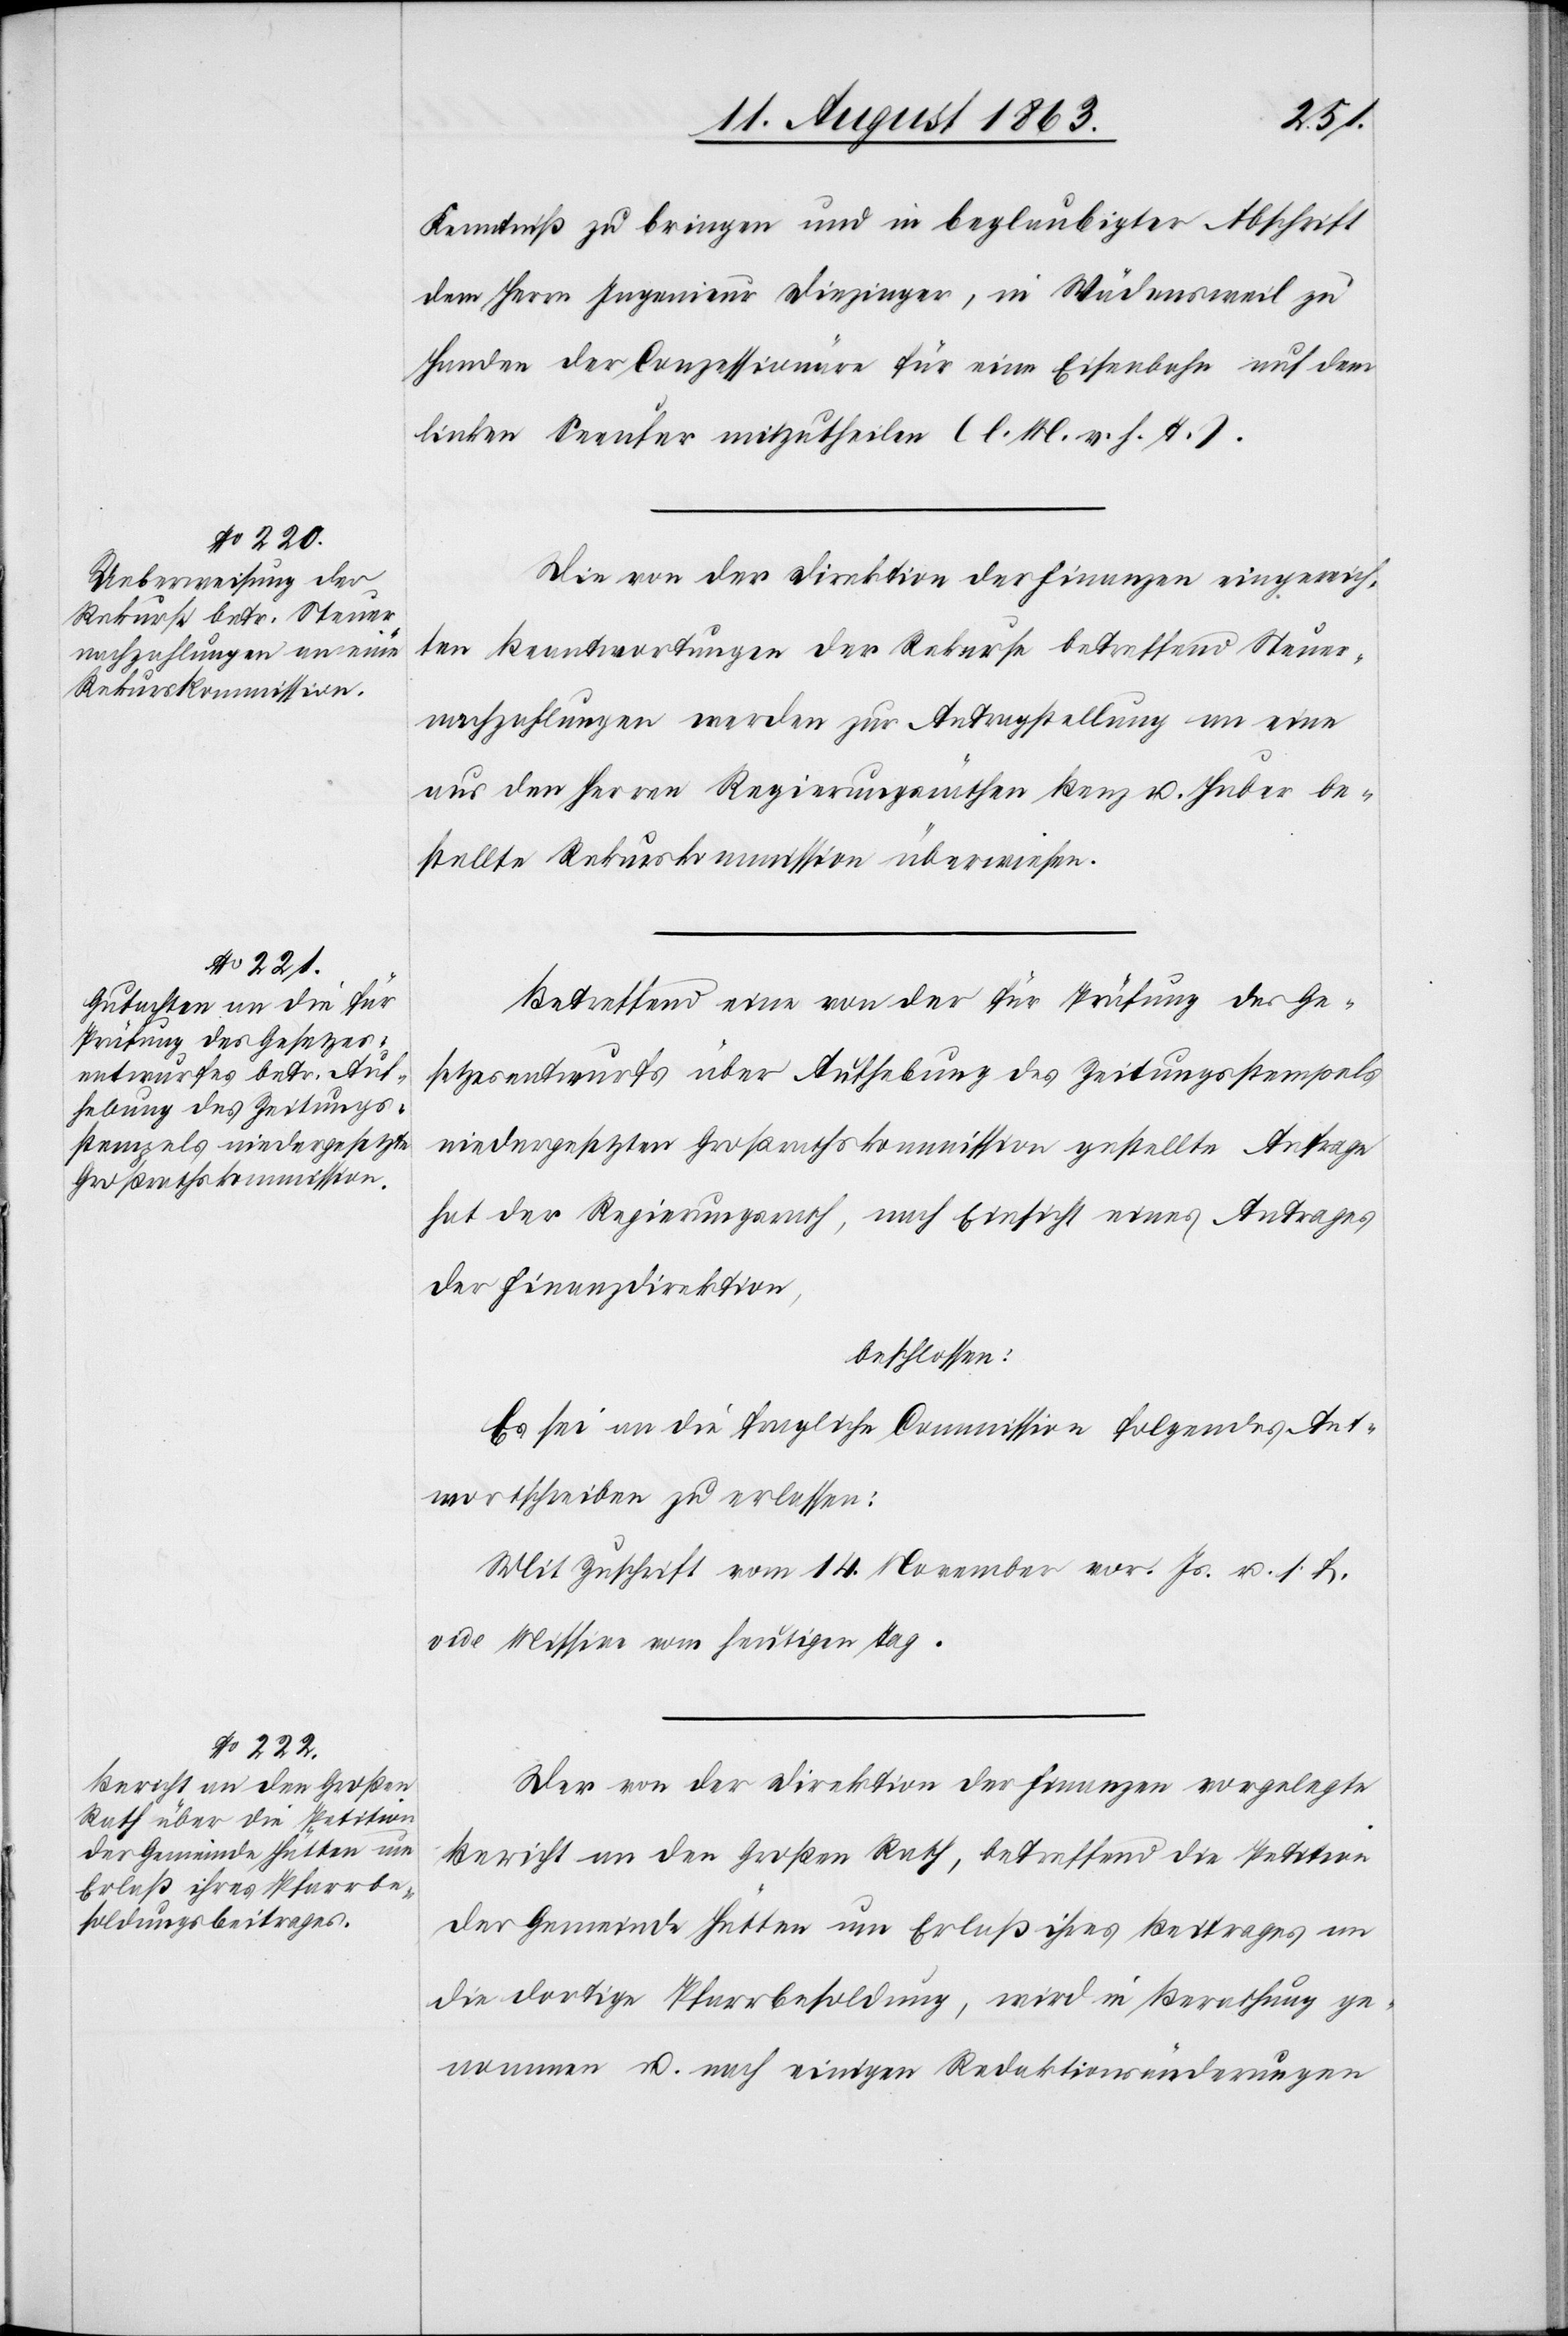
Kenntniß zu bringen und in beglaubigter Abschrift
dem Herrn Ingenieur Diezinger, in Wädensweil zu
Handen der Conzessionäre für eine Eisenbahn auf dem
linken Seeufer mitzutheilen (l. M. v. h. T.).
Die von der Direktion der Finanzen eingereich¬
ten Beantwortungen der Rekurse betreffend Steuer¬
nachzahlungen werden zur Antragstellung an eine
aus den Herren Regierungsräthen Benz u. Huber be¬
stellte Rekurskommission überwiesen.
Betreffend eine von der für Prüfung des Ge¬
setzesentwurfs über Aufhebung des Zeitungsstempels
niedergesetzten Großrathskommission gestellte Anfrage
hat der Regierungsrath, nach Einsicht eines Antrages
der Finanzdirektion,
beschlossen:
Es sei an die fragliche Commission folgendes Ant¬
wortschreiben zu erlassen:
Mit Zuschrift vom 14. November vor. Js. u. s. f.
vide Missive vom heutigen Tag.
Der von der Direktion der Finanzen vorgelegte
Bericht an den Großen Rath, betreffend die Petition
der Gemeinde Hütten um Erlaß ihres Beitrages an
die dortige Pfarrbesoldung, wird in Berathung ge¬
nommen u. nach einigen Redaktionsänderungen